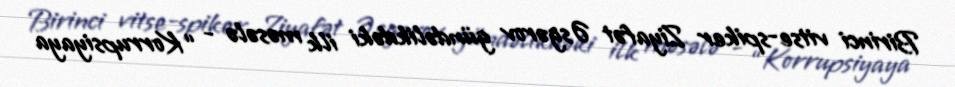
Birinci vitse-spiker Ziyafət Əsgərov gündəlikdəki ilk məsələ - “Korrupsiyaya